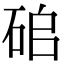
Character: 𥑵